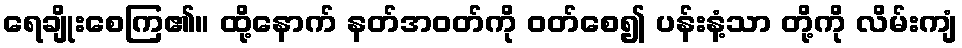
ရေချိုးစေကြ၏။ ထို့နောက် နတ်အဝတ်ကို ဝတ်စေ၍ ပန်းနံ့သာ တို့ကို လိမ်းကျံ